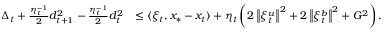
\begin{array} { r l } { \Delta _ { t } + \frac { \eta _ { t } ^ { - 1 } } { 2 } d _ { t + 1 } ^ { 2 } - \frac { \eta _ { t } ^ { - 1 } } { 2 } d _ { t } ^ { 2 } } & { \leq \langle \xi _ { t } , x _ { * } - x _ { t } \rangle + \eta _ { t } \left( 2 \left\Vert \xi _ { t } ^ { u } \right\Vert ^ { 2 } + 2 \left\Vert \xi _ { t } ^ { b } \right\Vert ^ { 2 } + G ^ { 2 } \right) . } \end{array}